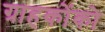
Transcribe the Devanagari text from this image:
ग्राहकोंको